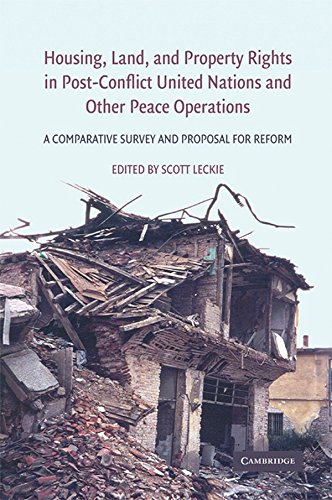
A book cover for Housing, Land, and Property Rights in Post-Conflict United Nations and Other Peace Operations: A Comparative Survey and Proposal for Reform; Law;